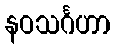
နဝသင်္ဂဟာ